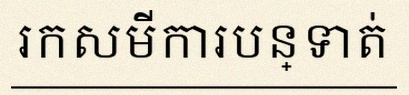
រកសមីការបន្ទាត់